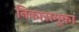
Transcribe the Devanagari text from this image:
निकासमूका